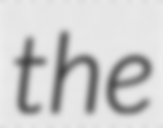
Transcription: the